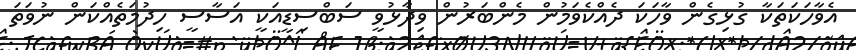
އެވާހަކަތަކާ ގުޅިގެން ވާހަކަ ދެއްކެވަމުން މެންބަރުން ވިދާޅުވީ ސަބްސިޑީއަކީ އަސާސީ ހިދުމަތެއްކަން ނުވަތަ